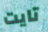
تايت